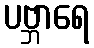
ပဗ္ဘာရေ